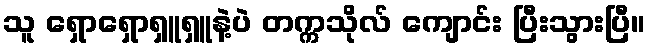
သူ ရှောရှောရှူရှူနဲ့ပဲ တက္ကသိုလ် ကျောင်း ပြီးသွားပြီ။